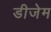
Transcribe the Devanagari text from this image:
डीजेम